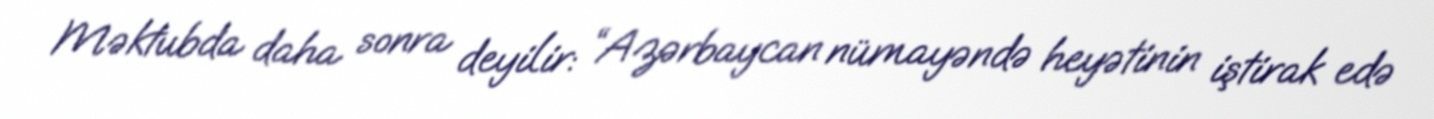
Məktubda daha sonra deyilir: “Azərbaycan nümayəndə heyətinin iştirak edə